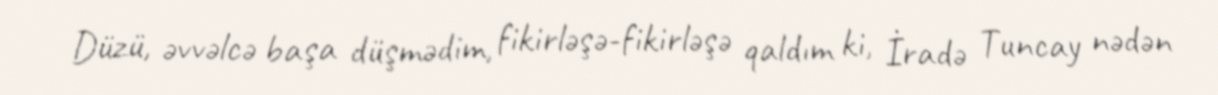
Düzü, əvvəlcə başa düşmədim, fikirləşə-fikirləşə qaldım ki, İradə Tuncay nədən